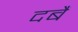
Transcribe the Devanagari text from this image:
दबैं